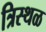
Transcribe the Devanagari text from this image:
त्रिस्थळ